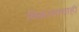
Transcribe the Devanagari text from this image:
विकासाचाही